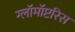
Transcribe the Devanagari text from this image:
ग्लॉमॉप्टरिस